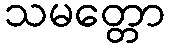
သမတ္တော